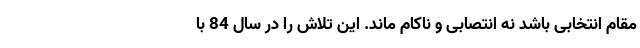
مقام انتخابی باشد نه انتصابی و ناکام ماند. این تلاش را در سال 84 با